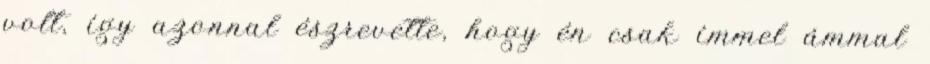
volt, így azonnal észrevette, hogy én csak ímmel ámmal